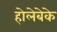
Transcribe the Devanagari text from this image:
होलेबेके